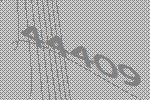
44409